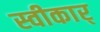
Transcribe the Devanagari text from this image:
स्वीकार्